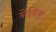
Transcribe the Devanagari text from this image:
नेत्रिक